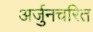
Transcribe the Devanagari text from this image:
अर्जुनचरित